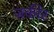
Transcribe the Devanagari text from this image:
जकीर